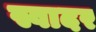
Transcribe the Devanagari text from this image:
स्वादर